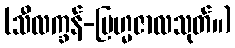
(သီလက္ခန်-ဗြဟ္မဇာလသုတ်။)